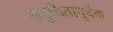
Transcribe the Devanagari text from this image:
अशुचितापूर्वक